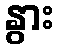
နွား